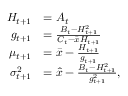
\begin{array} { r l } { H _ { t + 1 } } & { = A _ { t } } \\ { g _ { t + 1 } } & { = \frac { B _ { t } - H _ { t + 1 } ^ { 2 } } { C _ { t } - \bar { x } H _ { t + 1 } } } \\ { \mu _ { t + 1 } } & { = \bar { x } - \frac { H _ { t + 1 } } { g _ { t + 1 } } } \\ { \sigma _ { t + 1 } ^ { 2 } } & { = \hat { x } - \frac { B _ { t } - H _ { t + 1 } ^ { 2 } } { g _ { t + 1 } ^ { 2 } } , } \end{array}